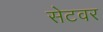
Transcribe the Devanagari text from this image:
सेटवर